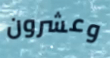
وعشرون